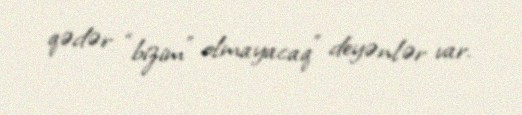
qədər “bizim” olmayacaq” deyənlər var.